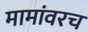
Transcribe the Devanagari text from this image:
मामांवरच